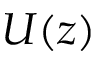
U ( z )